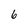
Character: 6